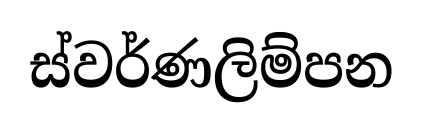
ස්වර්ණලිම්පන